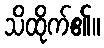
သိထိုက်၏။